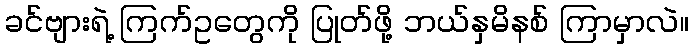
ခင်ဗျားရဲ့ ကြက်ဥတွေကို ပြုတ်ဖို့ ဘယ်နှမိနစ် ကြာမှာလဲ။